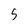
Character: 5